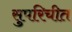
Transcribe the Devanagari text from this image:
सुपरिचीत